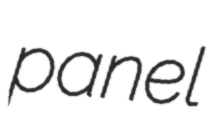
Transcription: panel